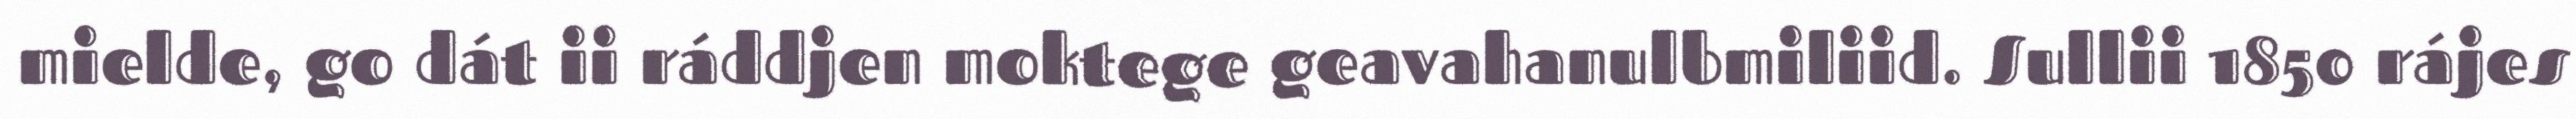
mielde, go dát ii ráddjen moktege geavahanulbmiliid. Sullii 1850 rájes